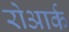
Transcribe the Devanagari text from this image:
रोआर्क